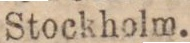
Stockholm.